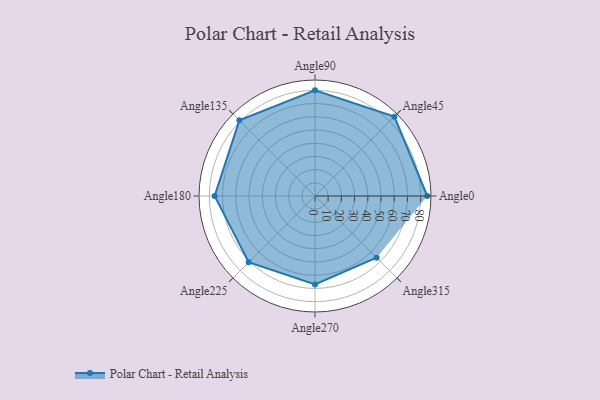
{"axis": {"x": "Angle", "y": "Radius"}, "legend": [""], "data": [{"x": "Angle0", "y": 85.0, "type": ""}, {"x": "Angle45", "y": 85.0, "type": ""}, {"x": "Angle90", "y": 80.0, "type": ""}, {"x": "Angle135", "y": 81.0, "type": ""}, {"x": "Angle180", "y": 76.0, "type": ""}, {"x": "Angle225", "y": 71.0, "type": ""}, {"x": "Angle270", "y": 67.0, "type": ""}, {"x": "Angle315", "y": 66.0, "type": ""}]}